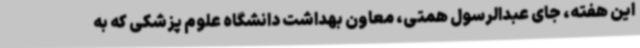
این هفته، جای عبدالرسول همتی، معاون بهداشت دانشگاه علوم پزشکی که به